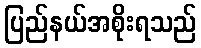
ပြည်နယ်အစိုးရသည်